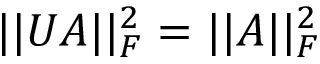
\vert \vert U A \vert \vert _ { F } ^ { 2 } = \vert \vert A \vert \vert _ { F } ^ { 2 }